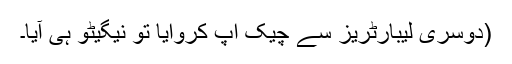
(دوسری لیبارٹریز سے چیک اپ کروایا تو نیگیٹو ہی آیا۔